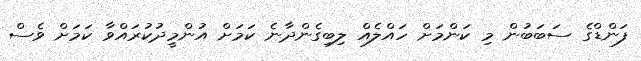
ފަންޑްގެ ސަބަބުން މި ކަންމަށް ހައްލެއް ލިބިގެންދާނެ ކަމަށް އުންމީދުކުރައްވާ ކަމަށް ވެސް